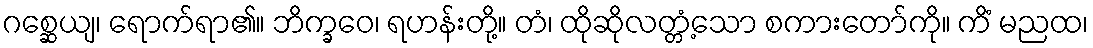
ဂစ္ဆေယျ၊ ရောက်ရာ၏။ ဘိက္ခဝေ၊ ရဟန်းတို့။ တံ၊ ထိုဆိုလတ္တံ့သော စကားတော်ကို။ ကိံ မညထ၊